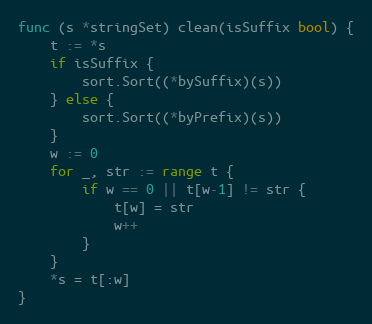
Language: Go
func (s *stringSet) clean(isSuffix bool) {
	t := *s
	if isSuffix {
		sort.Sort((*bySuffix)(s))
	} else {
		sort.Sort((*byPrefix)(s))
	}
	w := 0
	for _, str := range t {
		if w == 0 || t[w-1] != str {
			t[w] = str
			w++
		}
	}
	*s = t[:w]
}